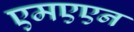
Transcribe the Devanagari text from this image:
एमएएन